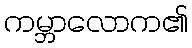
ကမ္ဘာလောက၏